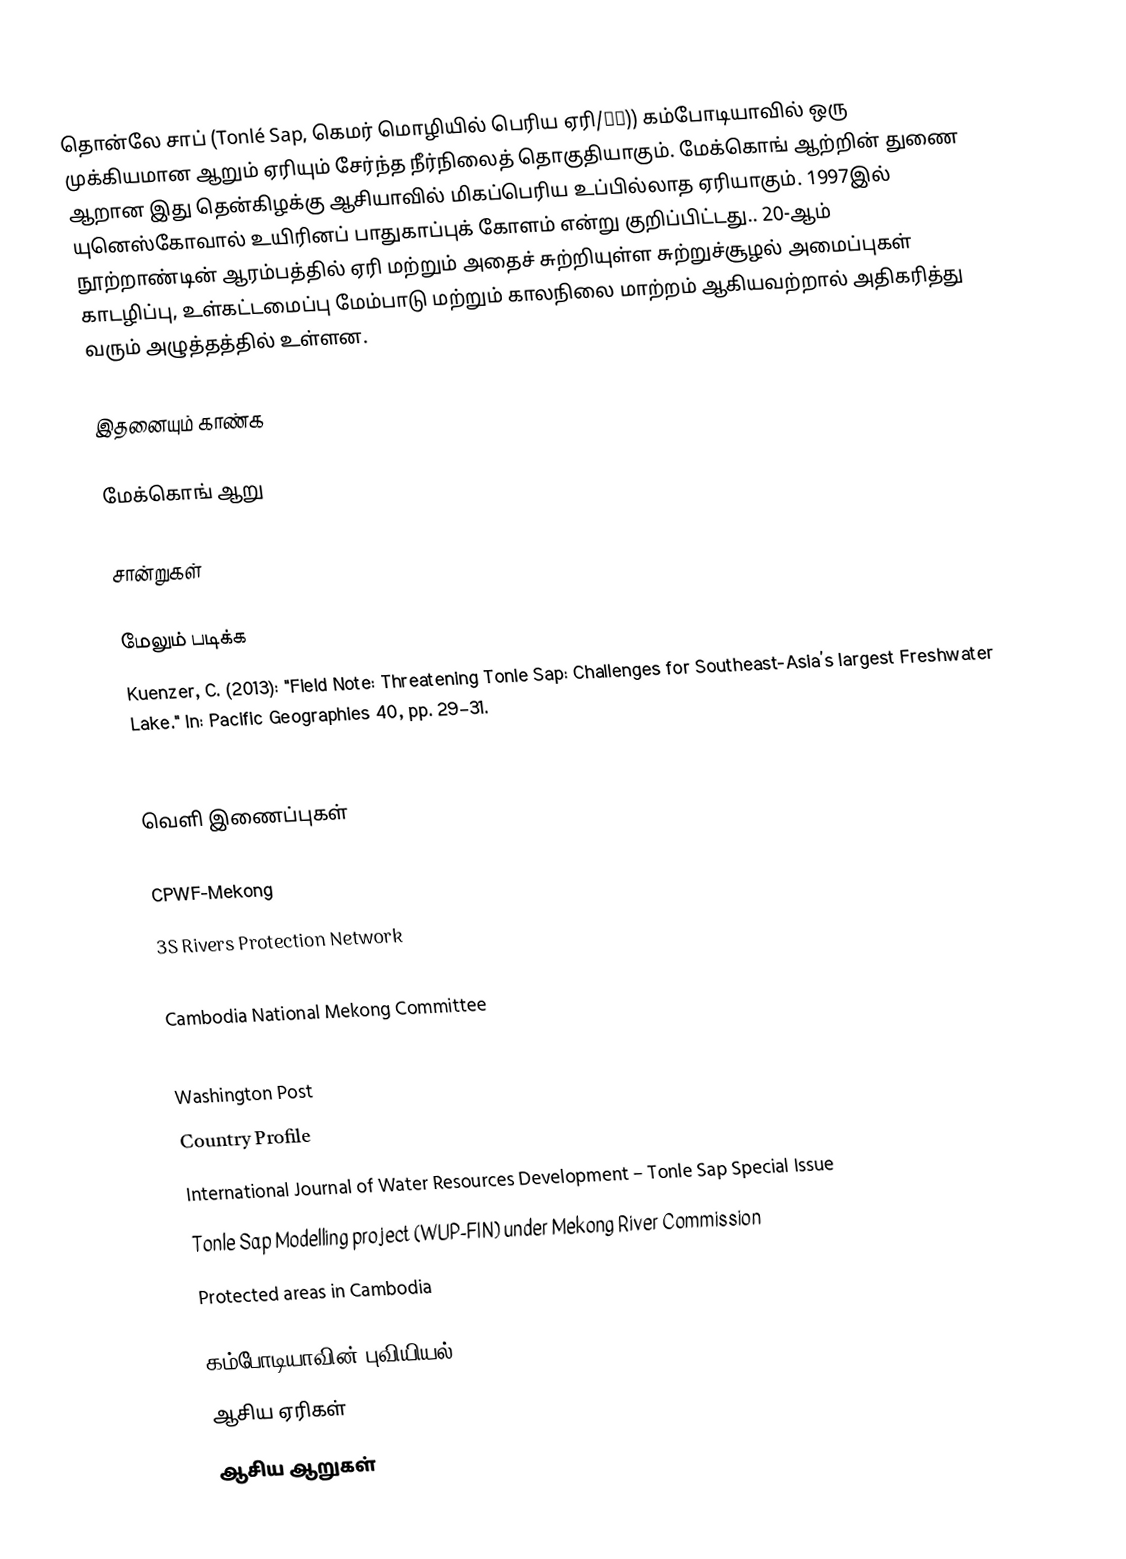
தொன்லே சாப் (Tonlé Sap, கெமர் மொழியில் பெரிய ஏரி/壺海)) கம்போடியாவில் ஒரு முக்கியமான ஆறும் ஏரியும் சேர்ந்த நீர்நிலைத் தொகுதியாகும். மேக்கொங் ஆற்றின் துணை ஆறான இது தென்கிழக்கு ஆசியாவில் மிகப்பெரிய உப்பில்லாத ஏரியாகும். 1997இல் யுனெஸ்கோவால் உயிரினப் பாதுகாப்புக் கோளம் என்று குறிப்பிட்டது.. 20-ஆம் நூற்றாண்டின் ஆரம்பத்தில் ஏரி மற்றும் அதைச் சுற்றியுள்ள சுற்றுச்சூழல் அமைப்புகள் காடழிப்பு, உள்கட்டமைப்பு மேம்பாடு மற்றும் காலநிலை மாற்றம் ஆகியவற்றால் அதிகரித்து வரும் அழுத்தத்தில் உள்ளன.

இதனையும் காண்க

 மேக்கொங் ஆறு

சான்றுகள்

மேலும் படிக்க
 Kuenzer, C. (2013): "Field Note: Threatening Tonle Sap: Challenges for Southeast-Asia’s largest Freshwater Lake." In: Pacific Geographies 40, pp. 29–31.
 Milton Osborne, The Mekong, Turbulent Past, Uncertain Future (Atlantic Monthly Press, 2000)

வெளி இணைப்புகள்

 CPWF-Mekong
 3S Rivers Protection Network
 Australian Mekong Resource Centre
 Cambodia National Mekong Committee
 THE STRATEGIC SIGNIFICANCE OF THE MEKONG By: Osborne, Milton
 Washington Post
 Country Profile
 International Journal of Water Resources Development – Tonle Sap Special Issue
 Tonle Sap Modelling project (WUP-FIN) under Mekong River Commission
 Protected areas in Cambodia

கம்போடியாவின் புவியியல்
ஆசிய ஏரிகள்
ஆசிய ஆறுகள்